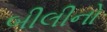
બીલીનો